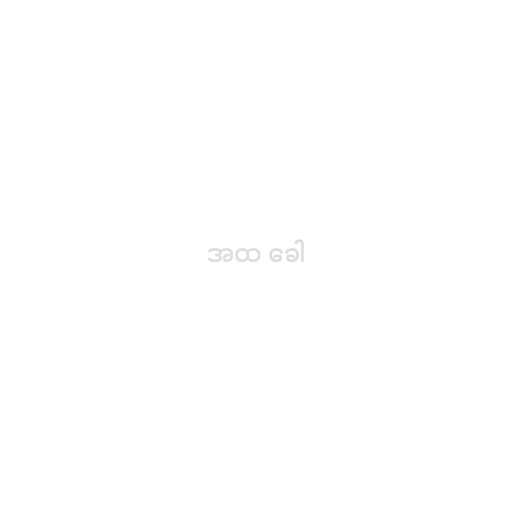
အထ ခေါ